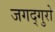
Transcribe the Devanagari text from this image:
जगद्गुरो